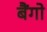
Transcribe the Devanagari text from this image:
बैंगो